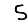
Digit: 5